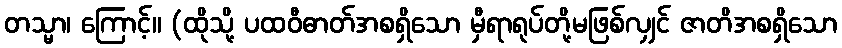
တသ္မာ၊ ကြောင့်။ (ထိုသို့ ပထဝီဓာတ်အစရှိသော မှီရာရုပ်တို့မဖြစ်လျှင် ဇာတိအစရှိသော